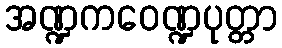
အဏ္ဍကဝေဏ္ဍပုတ္တာ